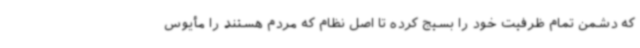
که دشمن تمام ظرفیت خود را بسیج کرده تا اصل نظام که مردم هستند را مأیوس